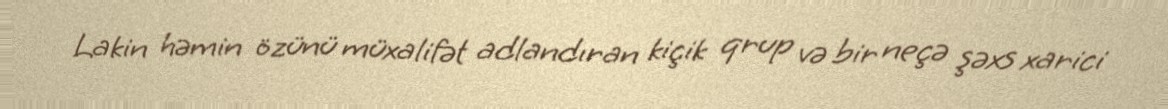
Lakin həmin özünü müxalifət adlandıran kiçik qrup və bir neçə şəxs xarici